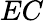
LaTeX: EC